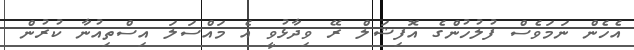
އެހެން ނަމަވެސް ފުލުހުންގެ އޮފިޝަލް ރޭ ވިދާޅުވީ އެ މައްސަލަ އިސްތިއުނާ ކުރުން